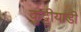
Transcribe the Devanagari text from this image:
कुट्टीयाडी